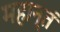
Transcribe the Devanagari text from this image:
महान्तं